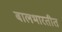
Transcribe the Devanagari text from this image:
बालभारतीत